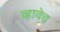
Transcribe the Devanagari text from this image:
व्हावेच